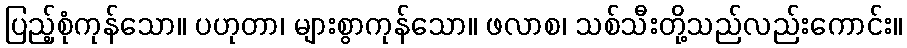
ပြည့်စုံကုန်သော။ ပဟုတာ၊ များစွာကုန်သော။ ဖလာစ၊ သစ်သီးတို့သည်လည်းကောင်း။